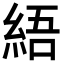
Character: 𦀡